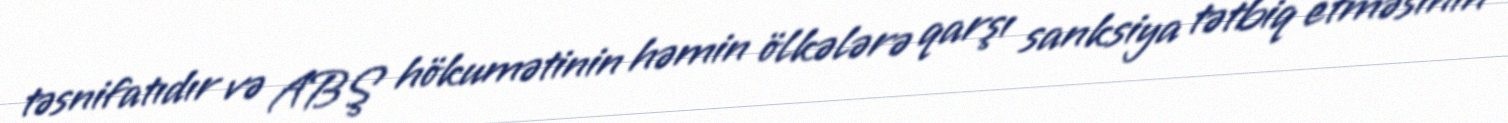
təsnifatıdır və ABŞ hökumətinin həmin ölkələrə qarşı sanksiya tətbiq etməsinin